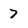
Character: 7